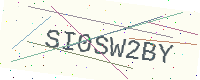
Text: SI0SW2BY